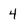
Character: 4